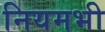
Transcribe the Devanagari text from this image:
नियमभी